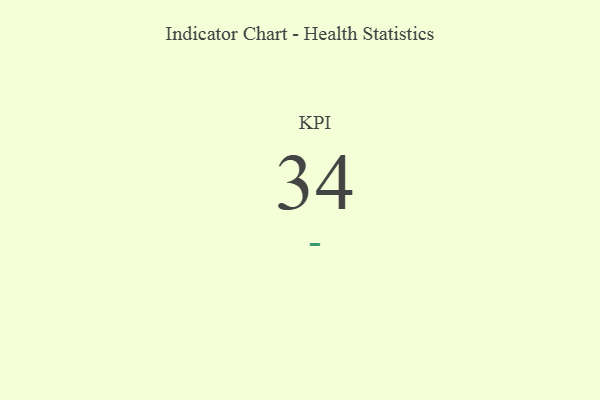
{"axis": {"x": "KPI", "y": "Value"}, "legend": [""], "data": [{"x": "KPI", "y": 34, "type": ""}]}